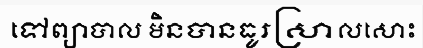
ទៅព្យាបាល មិនបានធូរស្រាលសោះ